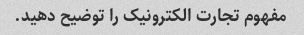
مفهوم تجارت الکترونیک را توضیح دهید.